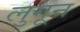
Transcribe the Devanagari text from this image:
लुगून